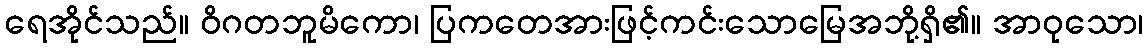
ရေအိုင်သည်။ ဝိဂတဘူမိကော၊ ပြကတေအားဖြင့်ကင်းသောမြေအဘို့ရှိ၏။ အာဝုသော၊